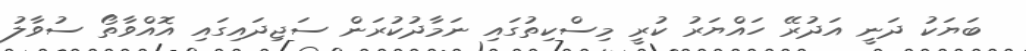
ބަޔަކު ދަނީ އަދުރޭ ހައްޔަރު ކުރީ މިސްކިތުގައި ނަމާދުކުރަން ސަޖިދައިގައި އޮއްވާތޯ ސުވާލު